Vabadussoja_Ajaloo_Komitee, lk 81
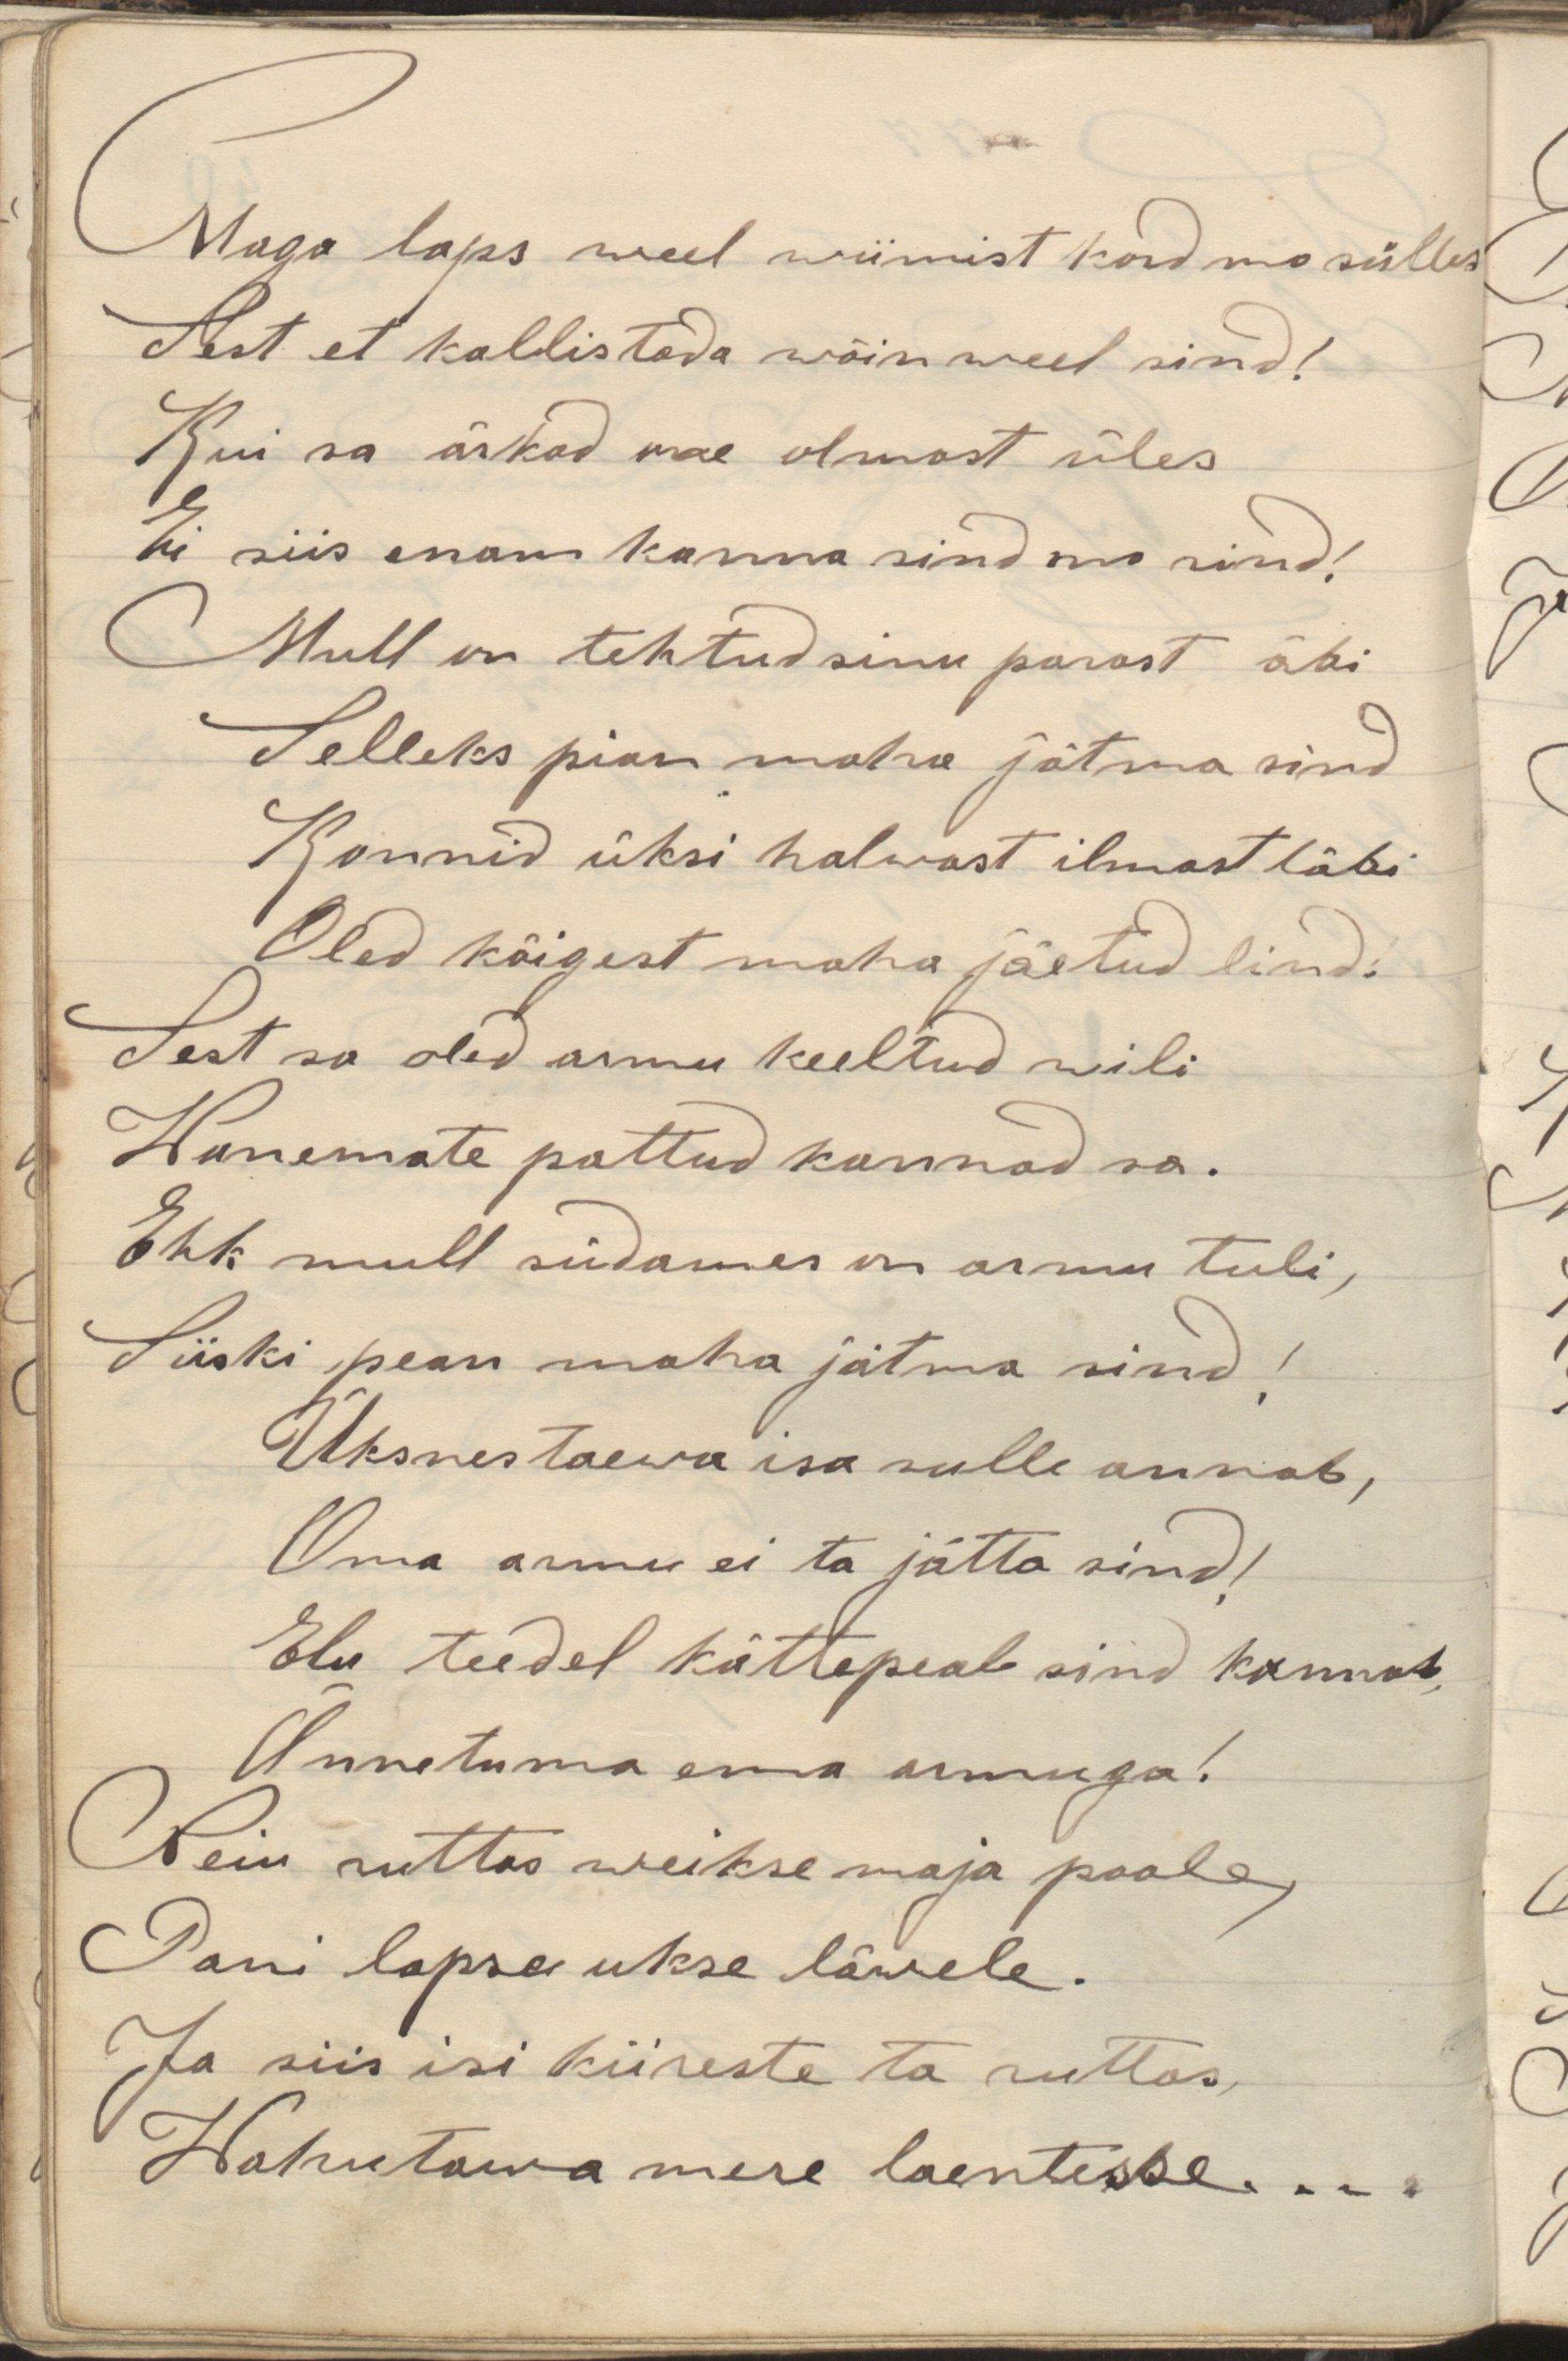
Maga laps weel wiimist kord mo sülles
Sest et kallistada wõin weel sind!
Kui sa ärkad mo olmast süles
Ei siis enam kanna sind mo rind!
Mull on tehtud sinu parast äbi
Selleks pian maha jätma sind
Konnid üksi halwast ilmast läbi
Oled käigust maha jäetud lind,
Sest sa oled armu keeltud wili
Wanemate pattud kannad sa.
Ehk mull südames on armu tuli,
Siiski pean maha jätma sind!
Üksnes taewa isa sulle annab,
Oma armu ei ta jätta sind!
Elu teedel kätte peal sind kannab
Õnnetuma ema armuga!
Neiu nuttes weikse maja poole,
Pani lapse ukse lävele.
Ja siis isi kiireste ta ruttas,
Wahutama mere laentesse....